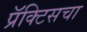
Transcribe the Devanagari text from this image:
प्रॅक्‍टिसचा